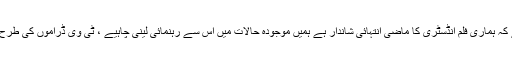
25جنوری 2014ء)سینئر اداکار قوی خان نے کہا ہے کہ ہماری فلم انڈسٹری کا ماضی انتہائی شاندار ہے ہمیں موجودہ حالات میں اس سے رہنمائی لینی چاہیے ، ٹی وی ڈراموں کی طرح فلموں میں بھی جاندار اسکرپٹس کو اہمیت دینا ہو گی ۔